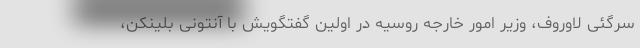
سرگئی لاوروف، وزیر امور خارجه روسیه در اولین گفتگویش با آنتونی بلینکن،